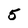
Character: 5